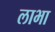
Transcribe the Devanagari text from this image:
लाभा